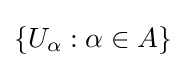
\lbrace U_{\alpha }:\alpha \in A\rbrace